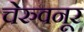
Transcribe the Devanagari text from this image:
चेरुवनूर